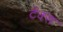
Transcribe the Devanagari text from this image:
टेंक्स